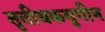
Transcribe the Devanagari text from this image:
तृतीयकयुगीन